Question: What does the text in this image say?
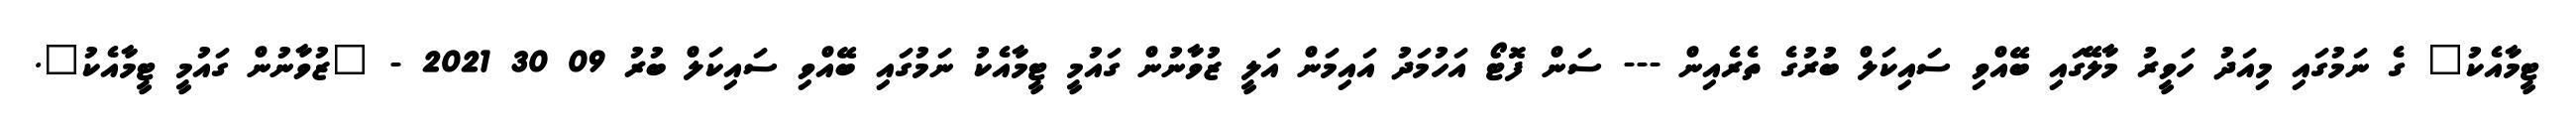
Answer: ޓީމާއެކު" ގެ ނަމުގައި މިއަދު ހަވީރު މާލޭގައި ބޭއްވި ސައިކަލް ބުރުގެ ތެރެއިން --- ސަން ފޮޓޯ އަހުމަދު އައިމަން އަލީ ޒުވާނުން ގައުމީ ޓީމާއެކު ނަމުގައި ބޭއްވި ސައިކަލް ބުރު 09 30 2021 - "ޒުވާނުން ގައުމީ ޓީމާއެކު".